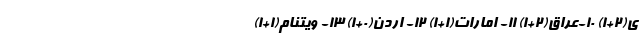
ی(2+1) 10-عراق(2+1) 11- امارات(1+1) 12- اردن(0+1) 13- ویتنام(1+1)